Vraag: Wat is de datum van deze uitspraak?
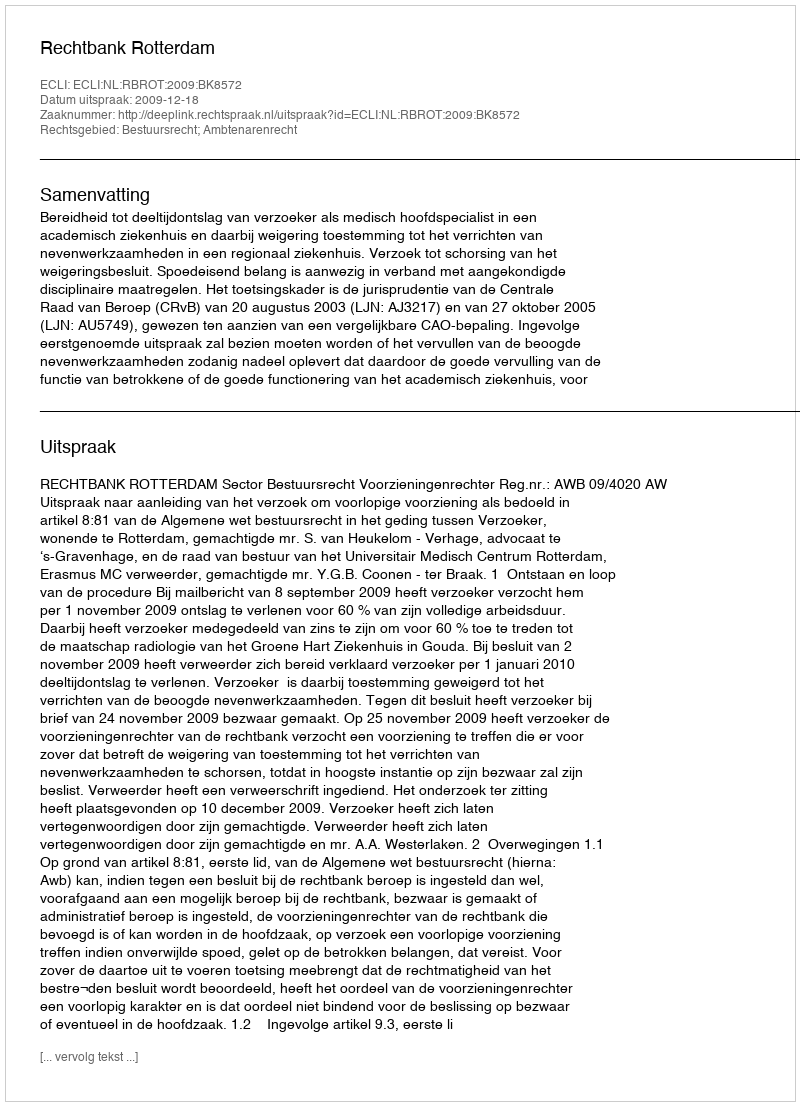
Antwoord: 2009-12-18